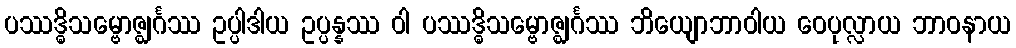
ပဿဒ္ဓိသမ္ဗောဇ္ဈင်္ဂဿ ဥပ္ပါဒါယ ဥပ္ပန္နဿ ဝါ ပဿဒ္ဓိသမ္ဗောဇ္ဈင်္ဂဿ ဘိယျောဘာဝါယ ဝေပုလ္လာယ ဘာဝနာယ